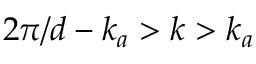
2 \pi / d - k _ { a } > k > k _ { a }